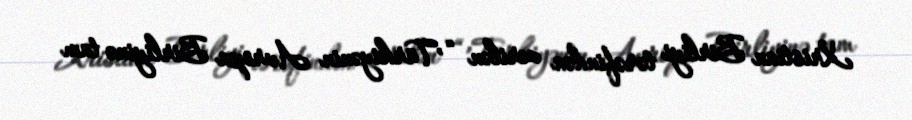
Xristian Birliyi tərəfindən verilən “’Türkiyənin Avropa Birliyinə tam